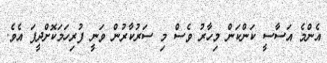
އެންމެ އަސާސީ ކަންކަން މިހާރު ވެސް މި ސަރުކާރުން ވަނީ ފުރިހަމަކޮށްދީފަ އެވެ.